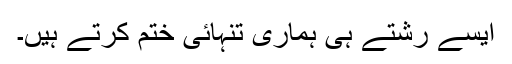
ایسے رشتے ہی ہماری تنہائی ختم کرتے ہیں۔